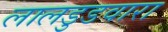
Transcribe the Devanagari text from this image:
लालडुडवारा